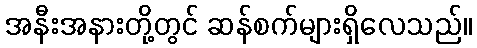
အနီးအနားတို့တွင် ဆန်စက်များရှိလေသည်။